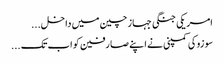
امریکی جنگی جہاز چین میں داخل...
سو زوکی کمپنی نے اپنے صا رفین کو اب تک...